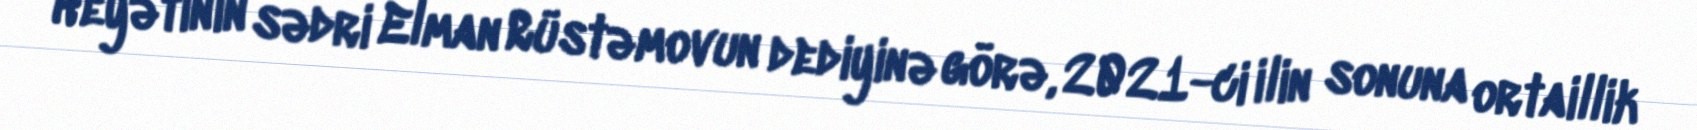
Heyətinin sədri Elman Rüstəmovun dediyinə görə, 2021-ci ilin sonuna ortaillik